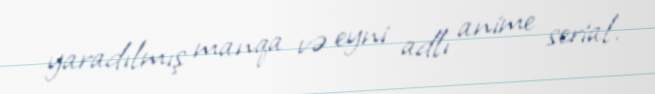
yaradılmış manqa və eyni adlı anime serial.